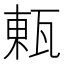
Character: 㼯